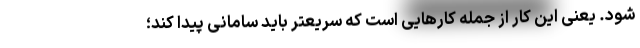
شود. یعنی این کار از جمله کارهایی است که سریعتر باید سامانی پیدا کند؛